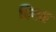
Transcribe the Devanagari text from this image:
पिगन